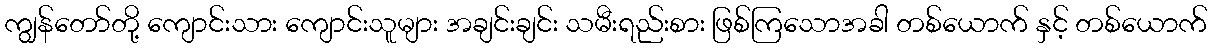
ကျွန်တော်တို့ ကျောင်းသား ကျောင်းသူများ အချင်းချင်း သမီးရည်းစား ဖြစ်ကြသောအခါ တစ်ယောက် နှင့် တစ်ယောက်